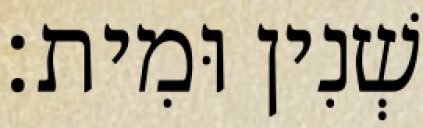
שְׁנִין וּמִית׃